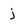
Character: j